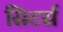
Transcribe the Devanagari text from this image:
सिटर्स